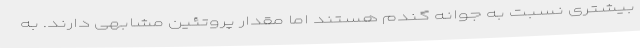
بیشتری نسبت به جوانه گندم هستند اما مقدار پروتئین مشابهی دارند. به